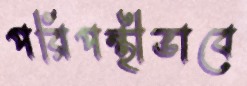
পরিপন্থীভাবে